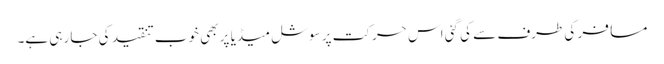
مسافر کی طرف سے کی گئی اس حرکت پر سوشل میڈیا پر بھی خوب تنقید کی جا رہی ہے۔